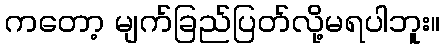
ကတော့ မျက်ခြည်ပြတ်လို့မရပါဘူး။